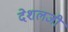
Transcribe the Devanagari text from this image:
देशलजी